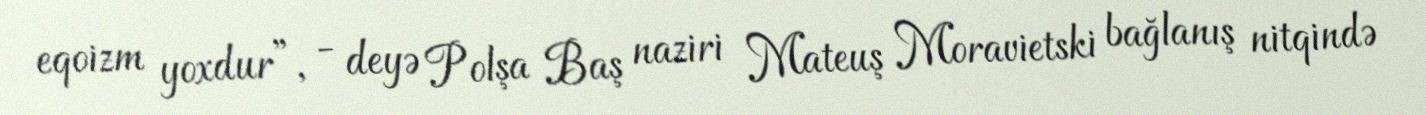
eqoizm yoxdur”, - deyə Polşa Baş naziri Mateuş Moravietski bağlanış nitqində